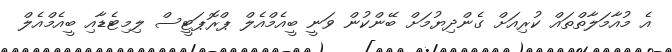
އެ މުއާމަލާތްތައް ކުރިއަށް ގެންދިޔުމަށް ބޭންކުން ވަނީ ބީއެމްއެލް ޕްރޮޕަޓީސް ލިމިޓެޑާއި ބީއެމްއެލް